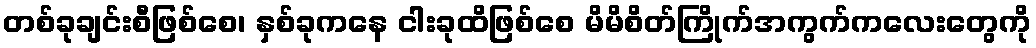
တစ်ခုချင်းစီဖြစ်စေ၊ နှစ်ခုကနေ ငါးခုထိဖြစ်စေ မိမိစိတ်ကြိုက်အကွက်ကလေးတွေကို